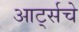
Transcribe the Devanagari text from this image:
आर्ट्सचे